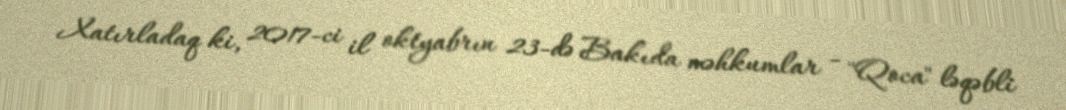
Xatırladaq ki, 2017-ci il oktyabrın 23-də Bakıda məhkumlar - "Qoca" ləqəbli